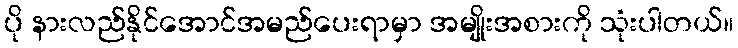
ပို နားလည်နိုင်အောင်အမည်ပေးရာမှာ အမျိုးအစားကို သုံးပါတယ်။